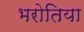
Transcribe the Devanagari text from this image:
भरोतिया